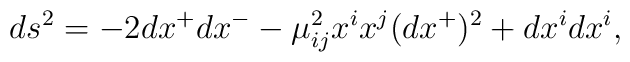
ds^2 = - 2 dx^+ dx^- - \mu^2_{ij}x^i x^j (dx^+)^2 + dx^i dx^i,